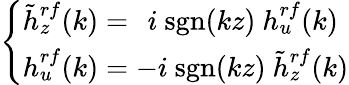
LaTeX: \left\{ \begin{array}{l}{\tilde{h}_{z}^{rf}(k)=~\, i~\textrm{sgn}(kz)~h_{u}^{rf}(k)}\\ {h_{u}^{rf}(k)=-i~\textrm{sgn}(kz)~\tilde{h}_{z}^{rf}(k)}\end{array}\right.